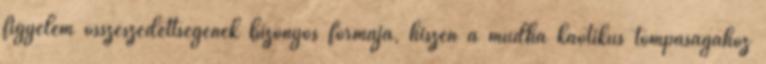
figyelem összeszedettségének bizonyos formája, hiszen a múdha kaotikus tompaságához